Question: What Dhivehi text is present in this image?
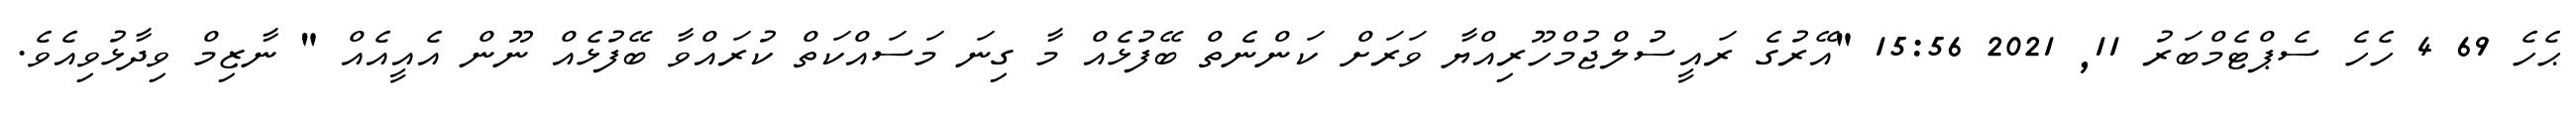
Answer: ޙެހެ 69 4 ހެހެ ސެޕްޓެމްބަރު 11, 2021 15:56 "އޭރުގެ ރައީސުލްޖުމްހޫރިއްޔާ ވަރަށް ކަންނެތް ބޭފުޅެއް މާ ގިނަ މަސައްކަތް ކުރައްވާ ބޭފުޅެއް ނޫން އެއީއެއް " ނާޒިމް ވިދާޅުވިއެވެ.